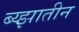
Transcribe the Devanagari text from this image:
ब्य्झातीन